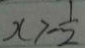
x > - \frac { 1 } { 2 }